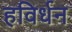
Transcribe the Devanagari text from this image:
हविर्धन